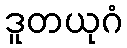
ဒူတယုဂံ